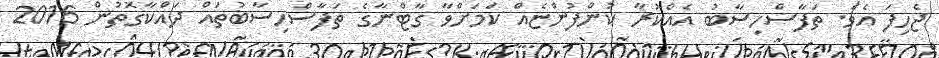
ޖެހިފަ އެވެ. ތަފާސްހިސާބު އެއްކުރާ ކުންފުންޏެއް ކަމަށްވާ ގާޓްނާގެ ތަފާސްހިސާބުތައް ދައްކާގޮތުން 2016